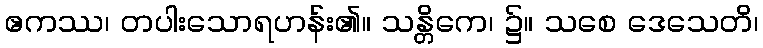
ဧကဿ၊ တပါးသောရဟန်း၏။ သန္တိကေ၊ ၌။ သစေ ဒေသေတိ၊